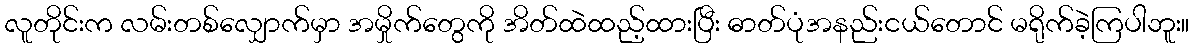
လူတိုင်းက လမ်းတစ်လျှောက်မှာ အမှိုက်တွေကို အိတ်ထဲထည့်ထားပြီး ဓာတ်ပုံအနည်းငယ်တောင် မရိုက်ခဲ့ကြပါဘူး။